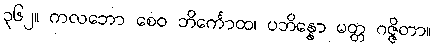
၃၆၂။ ကလဘော စေဝ ဘိင်္ကောထ၊ ပဘိန္နော မတ္တ ဂဇ္ဇိတာ။